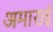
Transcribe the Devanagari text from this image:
अमाराई